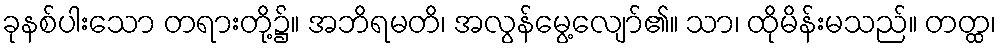
ခုနစ်ပါးသော တရားတို့၌။ အဘိရမတိ၊ အလွန်မွေ့လျော်၏။ သာ၊ ထိုမိန်းမသည်။ တတ္ထ၊